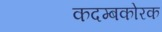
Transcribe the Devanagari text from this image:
कदम्बकोरक